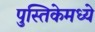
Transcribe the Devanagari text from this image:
पुस्तिकेमध्ये